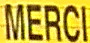
MERCI